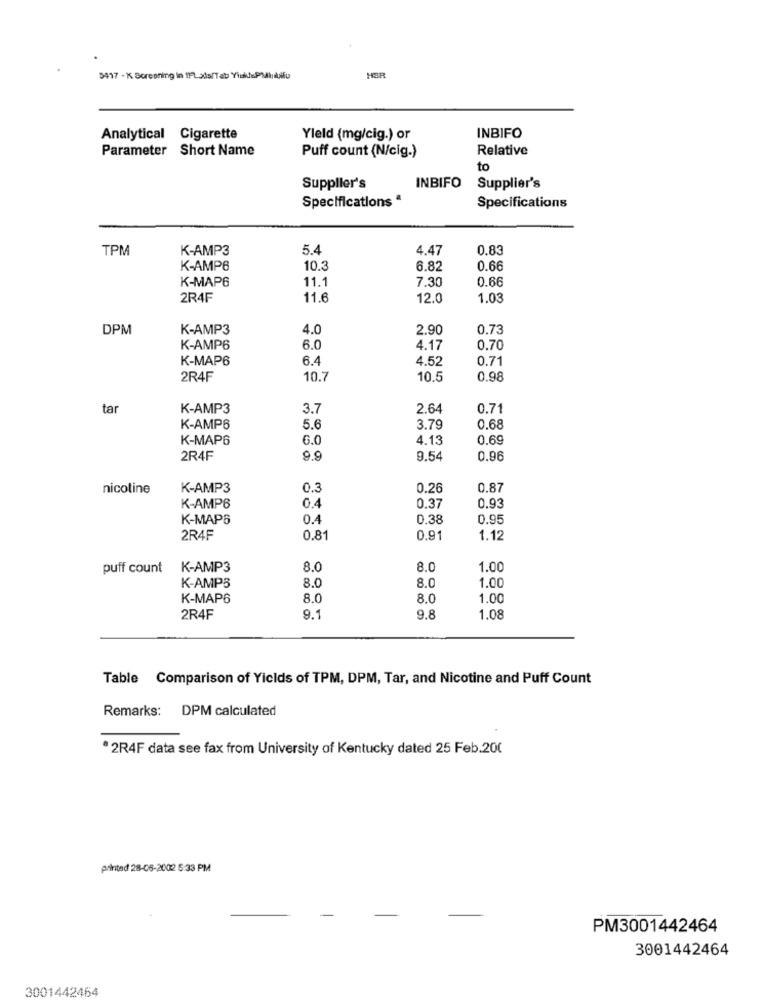
5417 - K Screening in 11-Lads/Tab YikePMijdullu
HER
Analytical Cigarette
Yield (mg/cig.) or
INBIFO
Parameter Short Name
Relative
Puff count (N/cig.)
to
Supplier's
INBIFO
Supplier's
Specifications ª
Specifications
TPM
K-AMP3
5.4
4.47
0.83
K-AMP6
10.
6.82
0.66
K-MAP6
11.1
7.30
0.66
2R4F
11.6
12.0
1.03
DPM
K-AMP3
4.0
2.90
0.73
K-AMP6
6.0
4.17
0.70
K-MAP6
6.4
4.52
0.71
2R4F
10.7
10.5
0.98
tar
K-AMP3
3.7
2.64
0.71
K-AMP6
5.6
3.79
0.68
K-MAP6
6.0
4.13
0.69
2R4F
9.9
9.54
0.96
nicoline
K-AMP3
0.3
0.26
0.87
K-AMP6
0.4
0.37
0.93
K-MAPS
0.4
0.38
0.95
2R4F
0.81
0.91
1.12
puff count K-AMP3
8.0
8.0
1.00
K-AMPS
8.0
8.0
1.00
K-MAP6
8.0
8.0
1.00
2R4F
9.1
9.8
1.08
Table Comparison of Yicids of TPM, DPM, Tar, and Nicotine and Puff Count
Remarks: DPM calculated
·2R4F data see fax from University of Kentucky dated 25 Feb.200
printed 28-06-2002 5:33 PM
PM3001442464
3001442464
3001442464